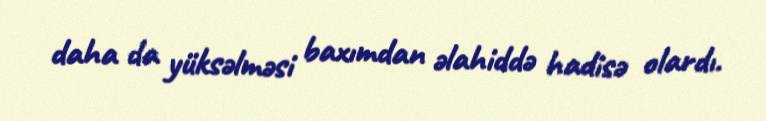
daha da yüksəlməsi baxımdan əlahiddə hadisə olardı.